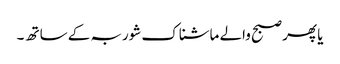
یا پھر صبح والے ماشناک شوربہ کے ساتھ ۔